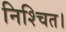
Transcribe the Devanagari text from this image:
निश्‍चित।